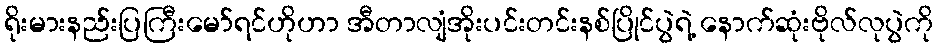
ရိုးမားနည်းပြကြီးမော်ရင်ဟိုဟာ အီတာလျံအိုးပင်းတင်းနစ်ပြိုင်ပွဲရဲ့ နောက်ဆုံးဗိုလ်လုပွဲကို